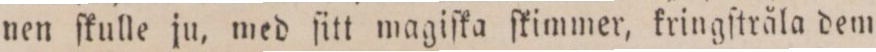
nen ſkulle ju, med ſitt magiſka ſkimmer, kringſtråla dem